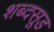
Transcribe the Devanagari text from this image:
शब्दसूड